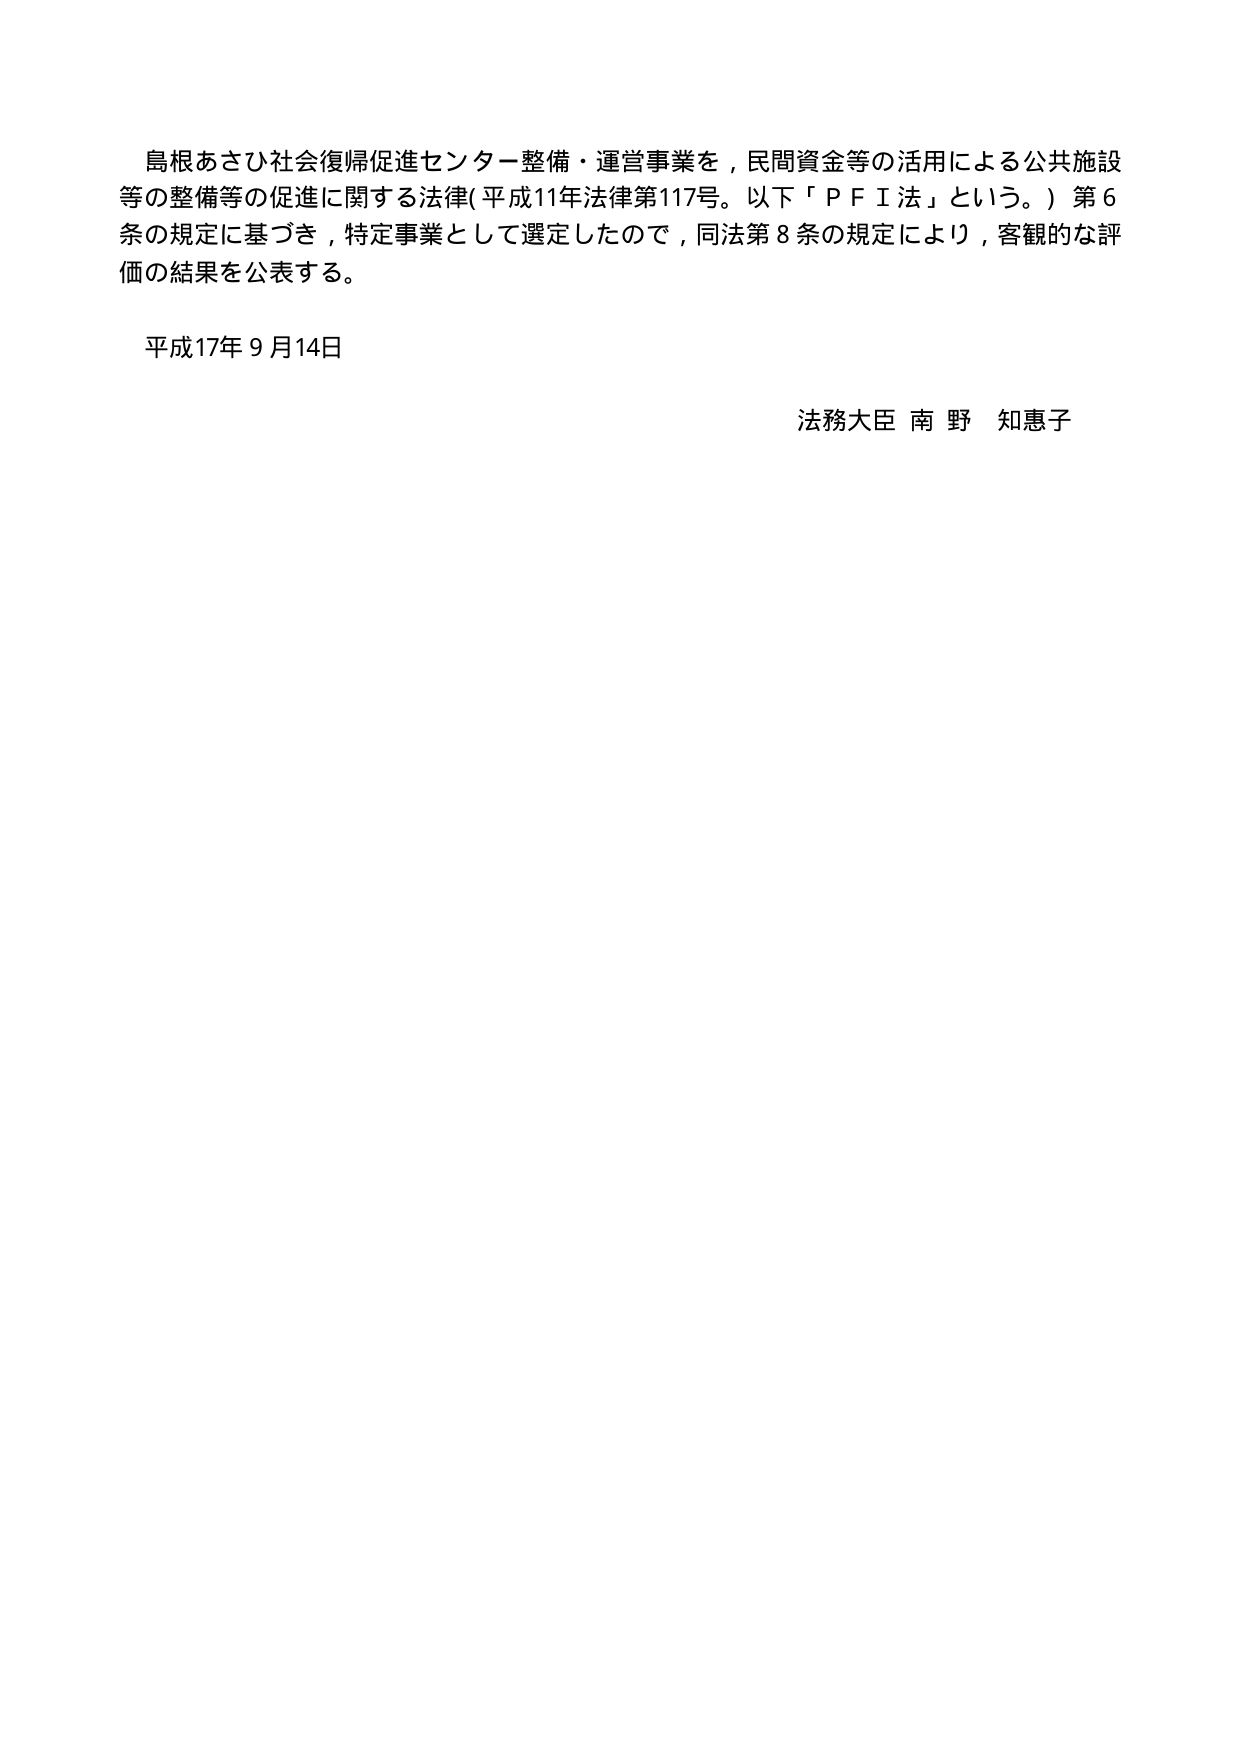
島根あさひ社会復帰促進センター整備・運営事業を，民間資金等の活用による公共施設等の整備等の促進に関する法律（平成11年法律第117号。以下「ＰＦＩ法」という。）第6条の規定に基づき，特定事業として選定したので，同法第8条の規定により，客観的な評価の結果を公表する。

平成17年9月14日

法務大臣 南野 知恵子